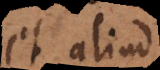
et aliud